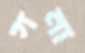
গনা